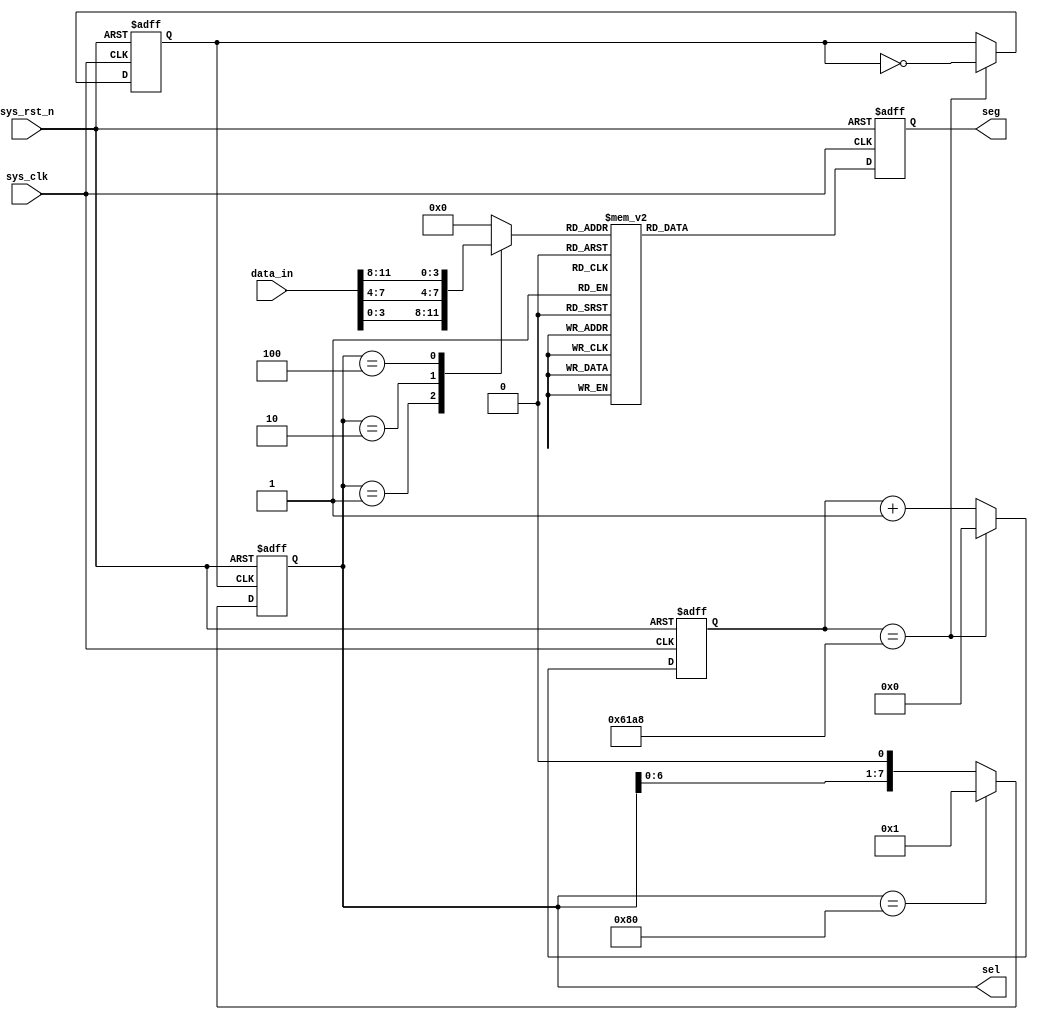
module sel_seg_ctrl
    (
        input   wire            sys_clk     ,//50M
        input   wire            sys_rst_n   ,
//        input   wire            tube_en     ,
        input   wire    [11:0]  data_in     ,//BCD

        output  wire    [7:0]   sel         ,
        output  reg     [7:0]   seg
    );

reg     [7:0]   sel_reg;
reg     [3:0]   data_div;
reg             vision_clk = 1'b0;     //60Hz
reg     [15:0]  div_cnt = 16'd0;    //

parameter div_constant = 16'd25_000 - 1'b0; //
//1KHz=50M/1K=50_000
//
//div_constant

/*********************************************************/
always @(posedge sys_clk or negedge sys_rst_n) 
    if (sys_rst_n == 1'b0) 
        div_cnt <= 16'd0;
//    else if (tube_en == 1'b0) 
//        div_cnt <= 16'd0;
    else if (div_cnt == div_constant) 
        div_cnt <= 16'd0;
    else 
        div_cnt <= div_cnt + 1'b1;

always @(posedge sys_clk or negedge sys_rst_n) 
    if (sys_rst_n == 1'b0) 
        vision_clk <= 16'd0;
    else if (div_cnt == div_constant) 
        vision_clk <= ~vision_clk;
    else 
        vision_clk <= vision_clk;

//
always @(posedge vision_clk or negedge sys_rst_n) 
    if (sys_rst_n == 1'b0) 
        sel_reg <= 8'b0000_0001;//0
    else if (sel_reg == 8'b1000_0000) 
        sel_reg <= 8'b0000_0001;
    else 
        sel_reg <= sel_reg << 1;

assign sel = sel_reg;

/*********************************************************/
//BCD
always@(sel_reg or data_in)
    begin
        case(sel_reg)
            8'b0000_0001 : data_div <= data_in[3:0]  ;//begin  end
            8'b0000_0010 : data_div <= data_in[7:4]  ;
            8'b0000_0100 : data_div <= data_in[11:8] ;
            //8'b0000_1000 : data_div <= data_in[15:12];
            //8'b0001_0000 : data_div <= data_in[19:16];
            //8'b0010_0000 : data_div <= data_in[23:20];
            //8'b0100_0000 : data_div <= data_in[27:24];
            //8'b1000_0000 : data_div <= data_in[31:28];
            default      : data_div <= 4'b0000;
        endcase
    end

always @(posedge sys_clk or negedge sys_rst_n)
    if (sys_rst_n == 1'b0) 
        seg <= 8'hc0;
//    else if (tube_en == 1'b0) 
//        seg <= 8'hc0;
    else    case(data_div)
        4'd0    : seg <= 8'hc0; //0
        4'd1    : seg <= 8'hf9; //1
        4'd2    : seg <= 8'ha4; //2
        4'd3    : seg <= 8'hb0; //3
        4'd4    : seg <= 8'h99; //4
        4'd5    : seg <= 8'h92; //5
        4'd6    : seg <= 8'h82; //6
        4'd7    : seg <= 8'hf8; //7
        4'd8    : seg <= 8'h80; //8
        4'd9    : seg <= 8'h90; //9
        4'd10   : seg <= 8'h88; //a
        4'd11   : seg <= 8'h83; //b
        4'd12   : seg <= 8'hc6; //c
        4'd13   : seg <= 8'ha1; //d
        4'd14   : seg <= 8'h86; //e
        4'd15   : seg <= 8'h8e; //f
        default : seg <= 8'hc0;
    endcase
    
endmodule